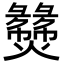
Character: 𬋝